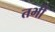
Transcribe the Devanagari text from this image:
तभीं